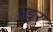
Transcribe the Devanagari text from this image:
भङुर